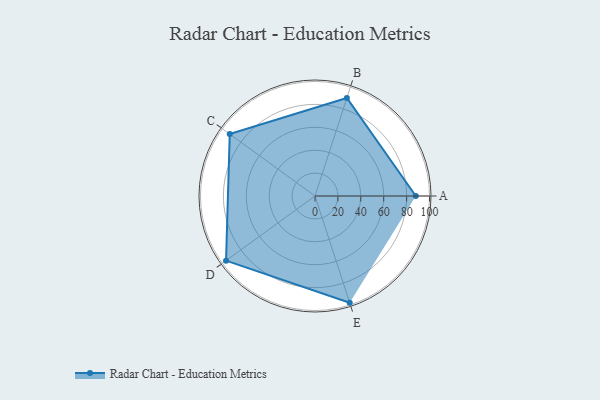
{"axis": {"x": "Skill", "y": "Score"}, "legend": ["Profile"], "data": [{"x": "A", "y": 88.0, "type": "Profile"}, {"x": "B", "y": 90.0, "type": "Profile"}, {"x": "C", "y": 92.0, "type": "Profile"}, {"x": "D", "y": 96.0, "type": "Profile"}, {"x": "E", "y": 98.0, "type": "Profile"}]}